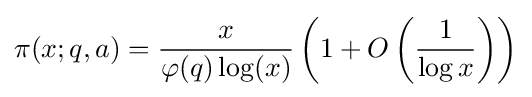
\pi (x;q,a)={\frac {x}{\varphi (q)\log(x)}}\left({1+O\left({\frac {1}{\log x}}\right)}\right)